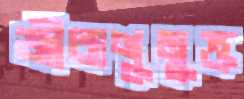
জীবাণুমুক্ত